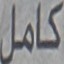
كامل